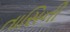
તાસિની